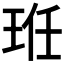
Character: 𭹆